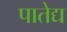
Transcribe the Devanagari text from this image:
पातेद्य